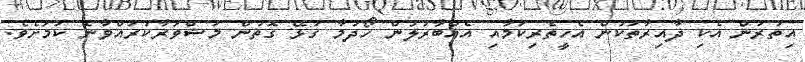
އިތުރުން އެކި ދާއިރާތަކުން އެހީތެރިކަމާއި އެއްބާރުލުން ހޯދުމާ ގުޅޭ ގޮތުން މަޝްވަރާކުރައްވާނެ ކަމަށެވެ.